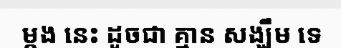
ម្តង នេះ ដូចជា គ្មាន សង្ឃឹម ទេ